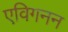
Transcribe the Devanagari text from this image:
एविगनन